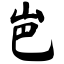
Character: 岜